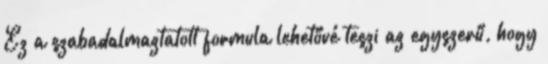
Ez a szabadalmaztatott formula lehetővé teszi az egyszerű, hogy